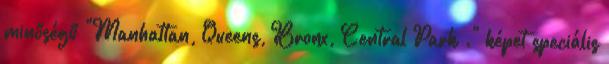
minőségű "Manhattan, Queens, Bronx, Central Park ." képet speciális